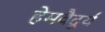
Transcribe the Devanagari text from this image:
हेमवैदूर्य